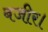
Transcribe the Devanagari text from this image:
बजीर।